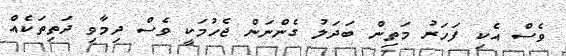
ވެސް އެކި ފަހަރު މަތިން ބަދަލު ގެންނަން ޖެހުމަކީ ވެސް ދިމާވި ދަތިތަކެއް